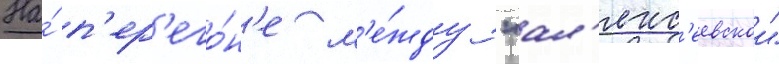
На́ п'ер'его́н'е м'е́жду "ал'екс'еевскои"